Report on vaccination in Madras 1904-1921 - 1904-1921
Year: 1904
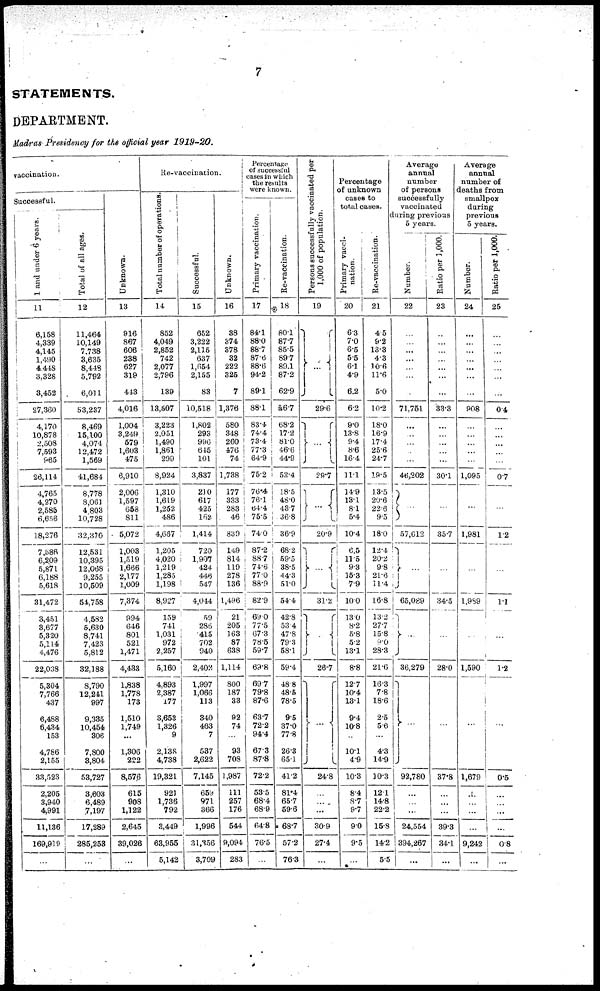
7
STATEMENTS.
DEPARTMENT.
Madras Presidency for the official year
1919-20.
vaccination.
Successful.
1 and under 6 years.
11
6,158
4,339
4,145
1,490
4,448
3,328
3,452
27,360
4,170
10,878
2,508
7,593
965
26,114
4,765
4,270
2,585
6,656
18,276
7,586
6,209
5,871
6,188
5,618
31,472
3,451
3,677
5,320
5,114
4,476
22,038
5,304
7,766
437
6,488
6,434
153
4,786
2,155
33,523
2,205
3,940
4,991
11,136
169,919
...
Total of all ages.
12
11,464
10,149
7,738
3,635
8,448
5,792
6,011
53,237
8,469
15,100
4,074
12,472
1,569
41,684
8,778
8,061
4,803
10,728
32,370
12,531
10,395
12,068
9,255
10,509
54,758
4,582
5,630
8,741
7,423
5,812
32,188
8,790
12,241
997
9,335
10,454
306
7,800
3,804
53,727
3,603
6,489
7,197
17,289
285,253
...
Unknown.
13
916
867
606
238
627
319
443
4,016
1,004
3,249
579
1,603
475
6,910
2,006
1,597
658
811
5,072
1,003
1,519
1,666
2,177
1,009
7,374
994
646
801
521
1,471
4,433
1,838
1,778
173
1,510
1,749
...
1,306
222
8,576
615
908
1,122
2,645
39,026
...
Re-vaccination.
Total number of operations.
14
852
4,049
2,852
742
2,077
2,796
139
13,507
3,223
2,051
1,490
1,861
299
8,924
1,310
1,619
1,252
486
4,667
1,205
4,020
1,219
1,285
1,198
8,927
159
741
1,031
972
2,257
5,160
4,893
2,387
177
3,653
1,326
9
2,138
4,738
19,321
921
1,736
792
3,449
68,955
5,142
Successful.
15
652
3,222
2,115
637
1,654
2,155
83
10,518
1,802
293
996
645
101
3,837
210
617
425
162
1,414
720
1,907
424
446
547
4,044
59
286
415
702
940
2,402
1,997
1,066
113
340
463
7
537
2,622
7,145
659
971
366
1,996
31,356
3,709
Unknown.
16
38
374
378
32
222
325
7
1,376
580
348
260
476
74
1,738
177
333
283
46
839
149
814
119
278
136
1,496
21
205
163
87
638
1,114
800
187
33
92
74
... 93
708
1,987
111
257
176
544
9,094
283
Percentage
of successful
cases in which
the results
were known.
Primary vaccination.
17
84.1
88.0
88.7
87.6
88.6
94.2
89.1
88.1
83.4
74.4
73.4
77.3
64.9
75.2
76.4
76.1
64.4
75.5
74.0
87.2
88.7
74.6
77.0
88.9
82.9
69.0
77.5
67.3
78.5
59.7
69.8
69.7
79.8
87.6
63.7
72.2
94.4
67.3
87.8
72.2
53.5
68.4
68.9
64.8
76.5
...
Re-vaccination.
18
80.1
87.7
85.5
89.7
89.1
87.2
62.9
ā 6.7
68.2
17.2
81.0
46.6
44.9
53.4
18.5
48.0
43.7
36.8
86.9
68.2
59.5
38.5
44.3
51.0
54.4
42.8
53.4
47.8
79.3
58.1
59.4
48.8
48.5
78.5
9.5
37.0
77.8
26.3
65.1
41.2
81.4
65.7
59.6
68.7
57.2
76.3
Persons successfully vaccinated per
1,000 of population.
19
...
29.6
...
29.7
. . .
20.9
...
31.2
...
26.7
...
24.8
... ...
...
30.9
27.4
...
Percentage
of unknown
cases to
total cases.
Primary vacci
nation.
20
6.3
7.0
6.5
5.5
6.1
4.9
6.2
6.2
9.0
13.8
9.4
8.6
16.4
11.1
14.9
13.1
8.1
5.4
10.4
6.5
11.5
9.3
15.3
7.9
10.0
13.0
8.2
5.8
5.2
13.1
8.8
12.7
10.4
13.1
9.4
10.8
...
10.1
4.9
10.3
8.4
8.7
9.7
9.0
9.5
...
Re-vaccination.
21
4.5
9.2
13.3
4.3
10.6
11.6
5.0
10.2
18.0
16.9
17.4
25.6
24.7
19.5
13.5
20.6
22.6
9.5
18.0
12.4
20.2
9.8
21.6
11.4
16.8
13.2
27.7
15.8
9.0
28.3
21.6
16.3
7.8
18.6
2.5
5.6
... 4.3
14.9
10.3
12.1
14.8
22.2
15.8
14.2
5.5
Average
annual
number
of persons
successfully
vaccinated
during previous
5 years.
Number.
22
...
...
...
...
...
...
...
71,751
... ... ...
... ... 46,202
...
57,612
...
65,089
...
36,279
...
92,780
...
... ...
24,554
394,267
...
Ratio per 1,000.
23
...
...
...
...
...
...
...
33.3
...
... ...
... ... 30.1
...
35.7
...
34.5
...
28.0
...
37.8
... ...
...
39.3
34.1
...
Average
annual
number of
deaths from
smallpox
during
previous
5 years.
Number.
24
...
...
...
...
...
...
...
908
... ...
... ...
... 1,095
...
1,981
...
1,989
...
1,590
...
1,679
...
... ...
... 9,242
...
Ratio per 1,000.
25
...
...
...
...
...
...
...
0.4
... ...
...
... ... 0.7
...
1.2
...
1.1
...
1.2
...
0.5
... ... ... ...
0.8
...